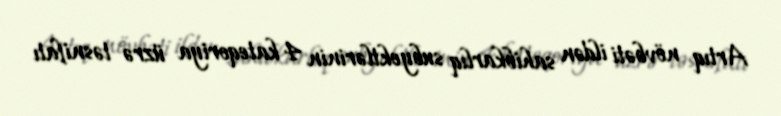
Artıq növbəti ildən sahibkarlıq subyektlərinin 4 kateqoriya üzrə təsnifatı